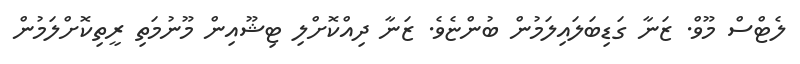
ލެޓްސް މޫވް. ޒަނާ ގަޑިބަލައިލަމުން ބުންޏެވެ. ޒަނާ ދިއްކޮށްލި ޓިޝޫއިން މޫނުމަތި ރީތިކޮށްލަމުން